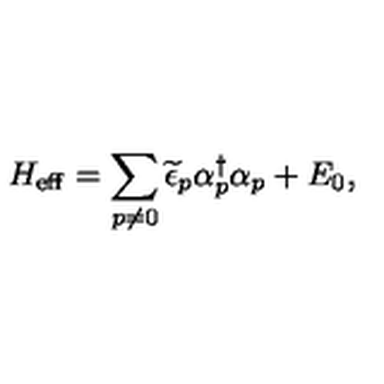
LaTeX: H _ { \mathrm { e f f } } = \sum _ { p \neq 0 } \widetilde { \epsilon } _ { p } \alpha _ { p } ^ { \dagger } \alpha _ { p } + E _ { 0 } ,